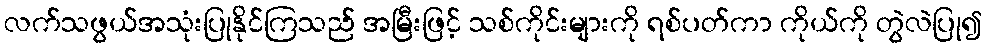
လက်သဖွယ်အသုံးပြုနိုင်ကြသည် အမြီးဖြင့် သစ်ကိုင်းများကို ရစ်ပတ်ကာ ကိုယ်ကို တွဲလဲပြု၍